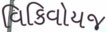
વિકિવોયજ